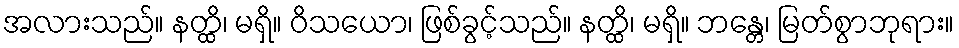
အလားသည်။ နတ္ထိ၊ မရှိ။ ဝိသယော၊ ဖြစ်ခွင့်သည်။ နတ္ထိ၊ မရှိ။ ဘန္တေ၊ မြတ်စွာဘုရား။